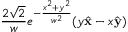
\frac { 2 \sqrt { 2 } } { w } e ^ { - \frac { x ^ { 2 } + y ^ { 2 } } { w ^ { 2 } } } ( y \hat { \mathbf { x } } - x \hat { \mathbf { y } } )